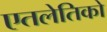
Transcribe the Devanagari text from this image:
एतलेतिको